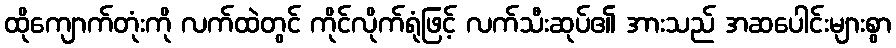
ထိုကျောက်တုံးကို လက်ထဲတွင် ကိုင်လိုက်ရုံဖြင့် လက်သီးဆုပ်၏ အားသည် အဆပေါင်းများစွာ